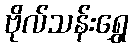
ဗိုလ်သန်းရွှေ